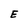
Character: E